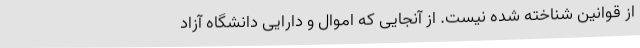
از قوانین شناخته شده نیست. از آنجایی که اموال و دارایی دانشگاه آزاد